Annual vaccination report of Bihar and Orissa - 1911-1928
Year: 1911
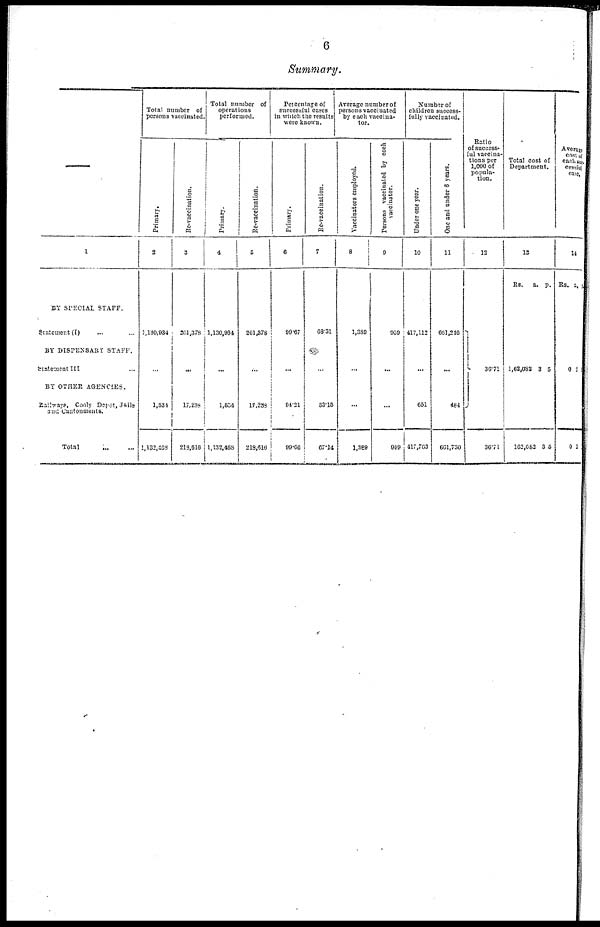
6
Summary.
1
BY SPECIAL STAFF.
Statement (I) ... ...
BY DISPENSARY STAFF.
Statement III ...
BY OTHER AGENCIES.
Railways, Cooly Depôt, Jails
and Cantonments.
Total
...
...
Total number of
persons vaccinated.
Primary.
2
1,130,934
...
1,534
1,132,468
Re-vaccination.
3
201,378
...
17,238
218,616
Total number of
operations
performed.
Primary.
4
1,130,934
...
1,534
1,132,468
Re-vaccination.
5
201,378
...
17,288
218,616
Percentage of
successful cases
in which the results
were known.
Primary.
6
99.67
...
94.21
99.66
Re-vaccination.
7
68.31
...
53.15
67.14
Average number of
persons vaccinated
by each vaccina-
tor.
Vaccinators employed.
8
1,389
...
...
1,389
Persons vaccinated by each
vaccinator.
9
959
...
...
959
Number of
children success-
fully vaccinated.
Under one year.
10
417,112
...
651
417,763
One and under 6 years.
11
661,216
...
484
661,730
Ratio
of success-
ful vaccina-
tions per
1,000 of
popula-
tion.
12
36.71
36.71
Total cost of
Department.
13
Rs.
a.
p.
1,62,082
162,082
3
3
5
5
Average
cost of
each suc¬
cessful
case.
14
Rs. a. p.
0
0
8
2
1
1